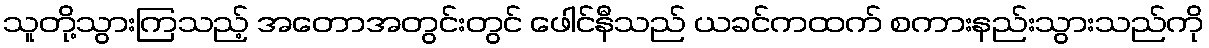
သူတို့သွားကြသည့် အတောအတွင်းတွင် ဖေါင်နီသည် ယခင်ကထက် စကားနည်းသွားသည်ကို